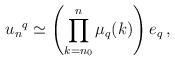
LaTeX: \begin{align*} {u_n}^q\simeq\left(\prod_{k=n_0}^n\mu_q(k)\right)e_q\,,\end{align*}